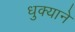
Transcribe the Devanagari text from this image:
धुक्याने